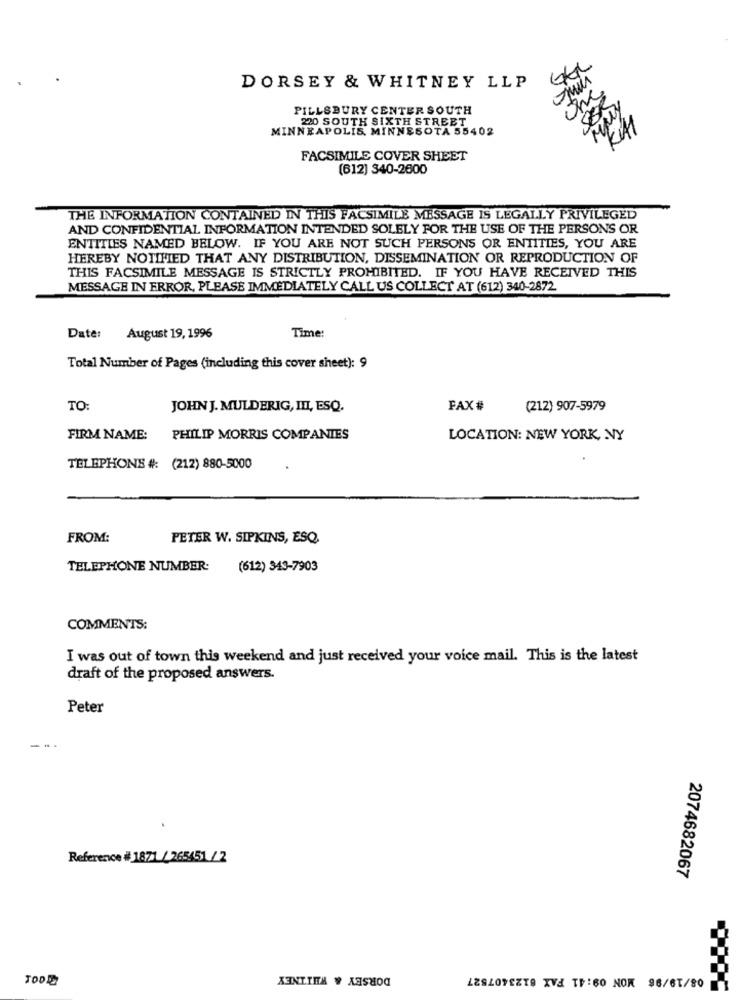
GEL
DORSEY & WHITNEY LLP
PILLSBURY CENTER SOUTH
220 SOUTH SIXTH STREET
MINNEAPOLIS, MINNESOTA 55402
FACSIMILE COVER SHEET
(612) 340-2600
THE INFORMATION CONTAINED IN THIS FACSIMILE MESSAGE IS LEGALLY PRIVILEGED
AND CONFIDENTIAL INFORMATION INTENDED SOLELY FOR THE USE OF THE PERSONS OR
ENTITIES NAMED BELOW. IF YOU ARE NOT SUCH PERSONS OR ENTITIES, YOU ARE
HEREBY NOTIFIED THAT ANY DISTRIBUTION, DISSEMINATION OR REPRODUCTION OF
THIS FACSIMILE MESSAGE IS STRICTLY PROHIBITED. IF YOU HAVE RECEIVED THIS
MESSAGE IN ERROR, PLEASE IMMEDIATELY CALL US COLLECT AT (612) 340-2872.
Time:
Date:
August 19, 1996
Total Number of Pages (including this cover sheet): 9
TO:
JOHN J. MULDERIG, III, ESQ.
FAX#
(212) 907-5979
FIRM NAME:
PHILIP MORRIS COMPANIES
LOCATION: NEW YORK, NY
TELEPHONE #: (212) 880-5000
FROM:
PETER W. SIPKINS, ESQ.
TELEPHONE NUMBER:
(612) 343-7903
COMMENTS:
I was out of town this weekend and just received your voice mail. This is the latest
draft of the proposed answers.
Peter
---
Reference # 1871 / 265451 / 2
2074682067
DORSEY & WHITNEY
1 08/19/96 MON 09:41 FAX 6123407527
TODE